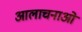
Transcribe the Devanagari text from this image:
आलाचनाओं